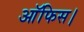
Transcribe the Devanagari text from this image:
आॅफिस।